Civil Veterinary Department. United Provinces 1923-31 - 1923-1931
Year: 1923
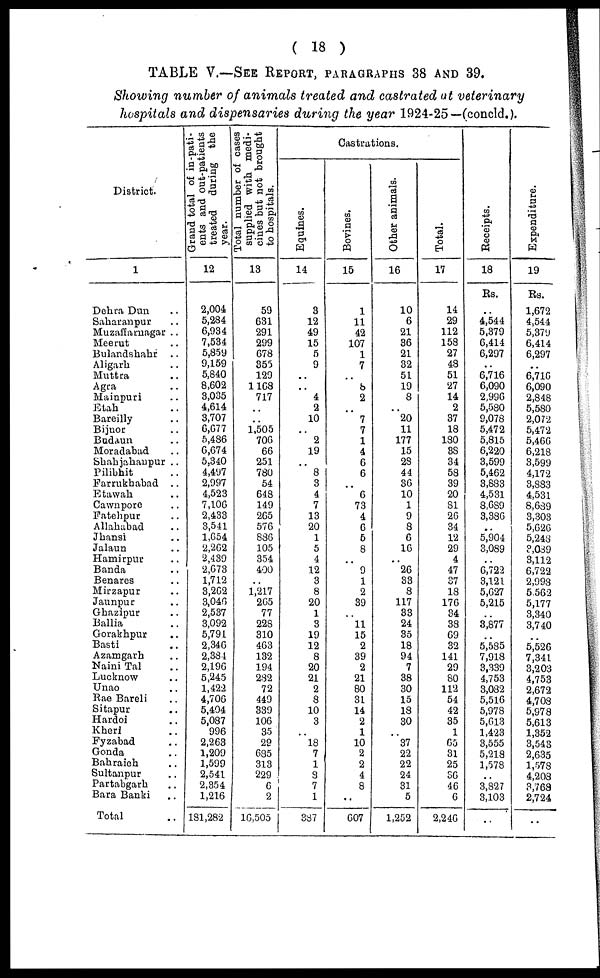
( 18 )
TABLE
V.—SEE
REPORT,
PARAGRAPHS
38 AND 39.
Showing number of animals treated and castrated at veterinary
hospitals and dispensaries during the year 1924-25—(concld.).
District.
1
Dehra Dun ..
Saharanpur ..
Muzaffarnagar ..
Meerut ..
Bulandshahr ..
Aligarh ..
Muttra ..
Agra ..
Mainpuri ..
Etah ..
Bareilly ..
Bijnor ..
Budaun ..
Moradabad ..
Shahjahanpur ..
Pilibhit ..
Farrukhabad
..
Etawah ..
Cawnpore ..
Fatehpur ..
Allahabad ..
Jhansi ..
Jalaun ..
Hamirpur ..
Banda ..
Benares ..
Mirzapur ..
Jannpur ..
Ghazipur ..
Ballia ..
Gorakhpur ..
Basti ..
Azamgarh ..
Naini Tal ..
Lucknow ..
Unao ..
Rae Bareli ..
Sitapur ..
Hardoi ..
Kheri ..
Fyzabad ..
Gonda ..
Babraich ..
Sultanpur ..
Partabgarh ..
Bara Banki ..
Total ..
Grand
total of in-pati-
ents and out-patients
treated
during
the
year.
12
2,004
5,234
6,934
7,534
5,859
9,159
5,640
8,602
3,035
4,614
3,707
6,677
5,486
6,674
5,340
4,497
2,997
4,523
7,106
2,433
3,511
1.654
2,262
2,439
2.673
1,712
3,262
3,046
2,537
3,092
5,791
2,346
2,381
2,196
5,245
1,422
4,706
5,404
5,037
996
2,263
1,209
1,599
2,541
2,354
1,216
181,282
Total number of cases
supplied with medi-
cines but not brought
to hospitals.
13
59
631
291
299
673
355
129
1 163
717
..
..
1,505
706
66
251
730
54
643
149
265
576
886
105
354
400
..
1,217
265
77
228
310
463
132
194
232
72
449
339
106
35
29
635
313
229
6
2
16,505
Castrations.
ions.
Equines.
14
3
12
49
15
5
9
..
..
4
2
10
..
2
19
..
8
3
4
7
13
20
1
5
4
12
3
8
20
1
3
19
12
8
20
21
2
8
10
3
..
18
7
1
3
7
1
387
Bovines.
15
1
11
42
107
1
7
..
8
2
..
7
7
1
4
6
6
..
6
73
4
6
5
8
..
9
1
2
39
..
11
15
2
39
2
21
80
31
14
2
1
10
2
2
4
8
..
607
Other animals.
16
10
6
21
36
21
32
51
19
8
.. 20
11
177
15
23
44
86
10
1
9
8
6
16
..
26
33
8 117
1
33
24
35
18
94
7
38
30
15
13
30
..
37
22
22
24
31
5
1,252
Total.
17
14
29
112
153
27
48
51
27
14
2
37
13
130
3S
34
53
39
20
81
26
34
12
29
4
47
37
18
176
34
33
69
32
141
29
80
112
54
42
35
1
65
31
25
86
46
6
2,246
Recei pt s.
18
Rs.
..
4,544
5,379
6,414
6,297
..
6,716
6,090
2,996
5,080
9,078
5,472
5,815
6,220
3,599
5,462
3,883
4,531
8,689
3,336
..
5,904
3,089
..
6,722
3,121
5,627
5,215
..
3,877
..
5,535
7,913
3,339
4,753
3,032
5,516
5,978
5,613
1,423
3,555
5,213
1,578
..
3,327
3,103
..
Expenditure.
19
Rs.
1,672
4,544
5,379
6,414
6,297
..
6,716
6,090
2,848
5,530
2,072
5,472
5,466
6,218
3,599
4,172
3,883
4,531
8,639
3,303
5,626
5,248
3,089
3,112
6,722
2,993
5 562
5,177
3,340
3,740
..
5,526
7,341
3,203
4,753
2,672
4,708
5,978
5,613
1,352
3,543
2,635
1,573
4,208
3,768
2,724
..